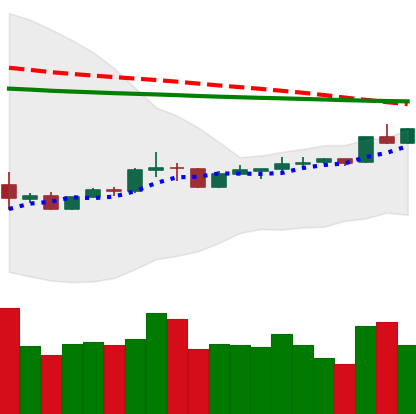
Ticker: XRP-USD
Chart end date: 2020-04-08
Forward return: -6.54%
Label: down_5_7